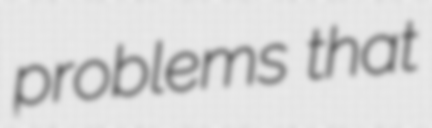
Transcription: problems that